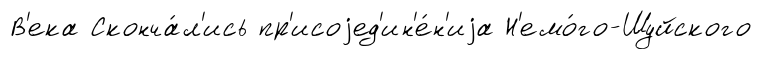
В'ека Сконча́л'ись пр'исоjед'ин'е́н'иjа Н'емо́го-Шуйского